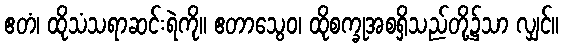
ဧတံ၊ ထိုသံသရာဆင်းရဲကို။ ဧတာသွေဝ၊ ထိုစက္ခုအစရှိသည်တို့၌သာ လျှင်။